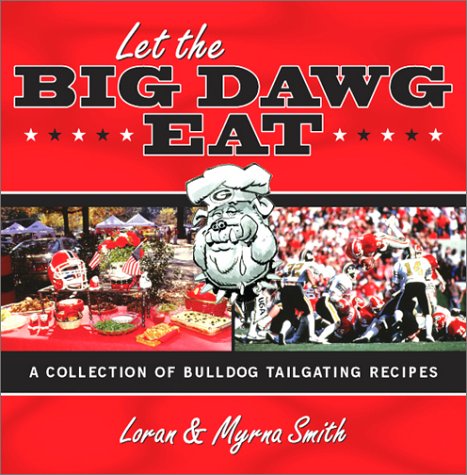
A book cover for Let the Big Dawg Eat: A Collection of Bulldog Tailgating Recipes; Loran Smith; Cookbooks, Food & Wine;